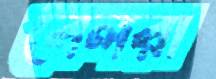
বেলরা